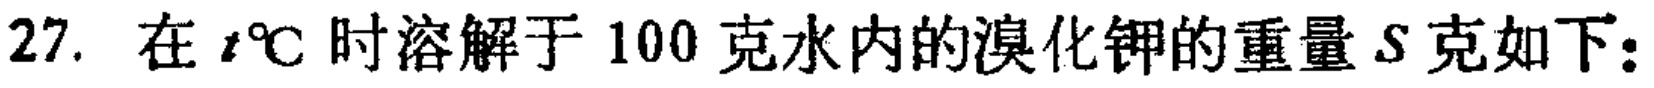
27. 在\(t^{\circ}C\)时溶解于 100 克水内的溴化钾的重量\(S\)克如下：